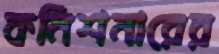
কমিশনারের